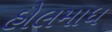
હોલમાધ